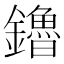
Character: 鑥